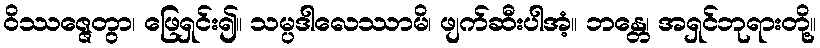
ဝိဿဇ္ဇေတွာ၊ ဖြေရှင်း၍။ သမ္ပဒါလေဿာမိ၊ ဖျက်ဆီးပါအံ့။ ဘန္တေ၊ အရှင်ဘုရားတို့။